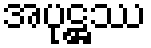
အပုဋ္ဌဿ